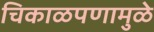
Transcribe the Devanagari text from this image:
चिकाळपणामुळे